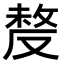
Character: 𠭰